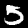
Label: 5